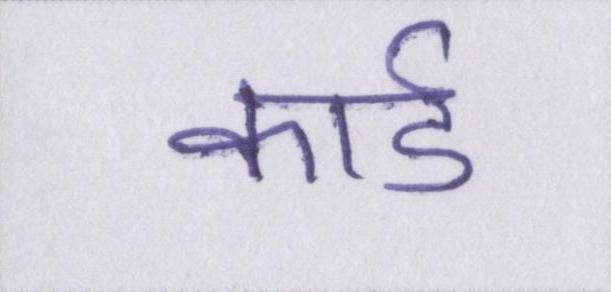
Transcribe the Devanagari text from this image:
कार्ड